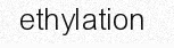
ethylation